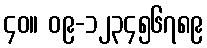
၄၀။ ၀၉-၁၂၃၄၅၆၇၈၉